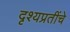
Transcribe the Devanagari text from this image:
दृश्यप्रतींचे